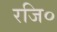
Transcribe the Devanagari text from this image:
रजि०